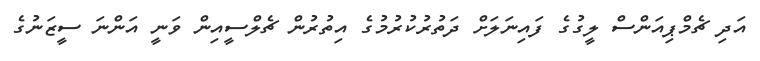
އަދި ޗެމްޕިއަންސް ލީގުގެ ފައިނަލަށް ދަތުރުކުރުމުގެ އިތުރުން ޗެލްސީއިން ވަނީ އަންނަ ސީޒަނުގެ